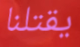
يقتلنا